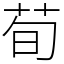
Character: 荀